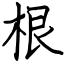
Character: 根